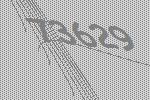
73629